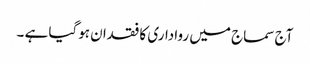
آج سماج میں رواداری کا فقدان ہوگیا ہے ۔